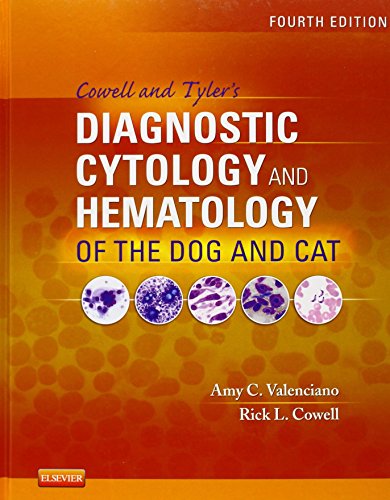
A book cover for Cowell and Tyler's Diagnostic Cytology and Hematology of the Dog and Cat, 4e; Amy C. Valenciano DVM  MS  DACVP; Medical Books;